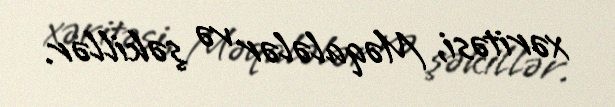
xəritəsi, Məqalələr və şəkillər.